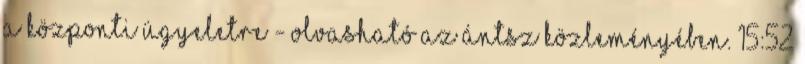
a központi ügyeletre - olvasható az ÁNTSZ közleményében. 15:52